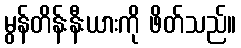
မွန်တိန်းနီးယားကို ဖိတ်သည်။